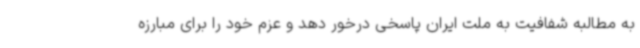
به مطالبه شفافیت به ملت ایران پاسخی درخور دهد و عزم خود را برای مبارزه